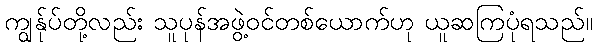
ကျွန်ုပ်တို့လည်း သူပုန်အဖွဲ့ဝင်တစ်ယောက်ဟု ယူဆကြပုံရသည်။